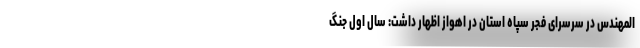
المهندس در سرسرای فجر سپاه استان در اهواز اظهار داشت: سال اول جنگ